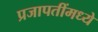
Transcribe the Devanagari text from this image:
प्रजापतींमध्ये